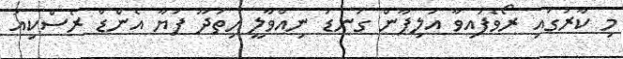
މި ކާރުގައި ރޯވެފައިވާ އަލިފާން ގަނޑު ނިއްވާލީ ހިތަދޫ ފަޔާ އެންޑް ރެސްކިއު